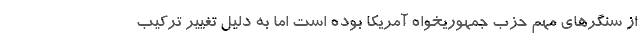
از سنگرهای مهم حزب جمهوریخواه آمریکا بوده است اما به دلیل تغییر ترکیب